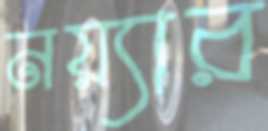
নয়্যার